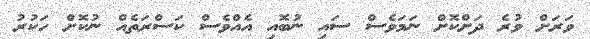
ވަރަށް ވުރެ ދަށްކޮށް ނަމަވެސް ސައި ނުބޮއި އެއްވެސް ކަސްރަތެއް ނުކޮށް ހަކުރު